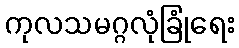
ကုလသမဂ္ဂလုံခြုံရေး